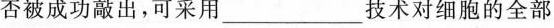
否被成功敲出，可采用___技术对细胞的全部